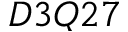
D 3 Q 2 7